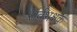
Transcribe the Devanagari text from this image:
सर्वभक्षक